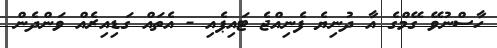
ހާސްނުވޭ ގޭމްގެ އާ ދުނިޔެ ފެނިއްޖެ ޓައިޕެއި - އެތައް ގަޑިއިރެއް ވަންދެން